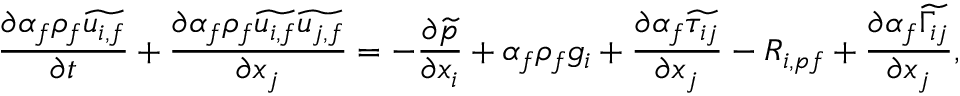
\frac { \partial \alpha _ { f } \rho _ { f } \widetilde { u _ { i , f } } } { \partial t } + \frac { \partial \alpha _ { f } \rho _ { f } \widetilde { u _ { i , f } } \widetilde { u _ { j , f } } } { \partial x _ { j } } = - \frac { \partial \widetilde { p } } { \partial x _ { i } } + \alpha _ { f } \rho _ { f } g _ { i } + \frac { \partial \alpha _ { f } \widetilde { \tau _ { i j } } } { \partial x _ { j } } - R _ { i , p f } + \frac { \partial \alpha _ { f } \widetilde { \Gamma _ { i j } } } { \partial x _ { j } } ,